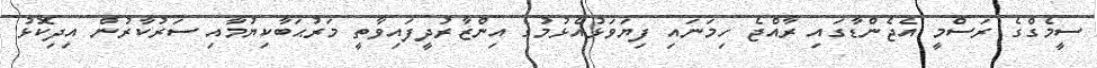
ސީމެގްގެ ރަސްމީ އެޖެންޑާގައި ރާއްޖެ ހިމަނައި ފިޔަވަޅުއެޅުމުގެ އިންޒާރުދީފައިވާތީ މަރުޙަބާކިޔުމާއި ސަރުކާރުން އިދިކޮޅު